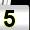
Digit: 5